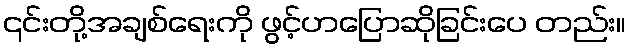
၎င်းတို့အချစ်ရေးကို ဖွင့်ဟပြောဆိုခြင်းပေ တည်း။